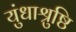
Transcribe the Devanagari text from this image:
युंधाश्रुष्ठि